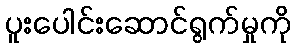
ပူးပေါင်းဆောင်ရွက်မှုကို